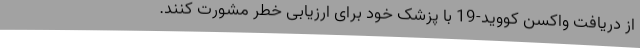
از دریافت واکسن کووید-19 با پزشک خود برای ارزیابی خطر مشورت کنند.